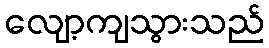
လျော့ကျသွားသည်